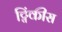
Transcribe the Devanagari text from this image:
ट्विंकीस